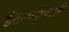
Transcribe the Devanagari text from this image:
इंटरप्यूपिलरी